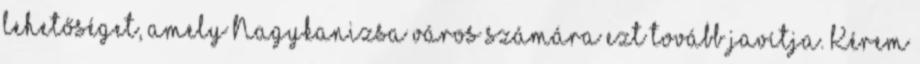
lehetőséget, amely Nagykanizsa város számára ezt tovább javítja. Kérem